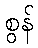
စွန်